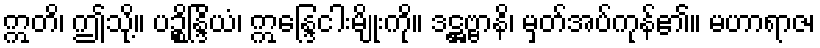
ဣတိ၊ ဤသို့။ ပဉ္စိန္ဒြိယံ၊ ဣန္ဒြေငါးမျိုးကို။ ဒဋ္ဌဗ္ဗာနိ၊ မှတ်အပ်ကုန်၏။ မဟာရာဇ၊